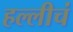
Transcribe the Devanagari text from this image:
हल्लीचं